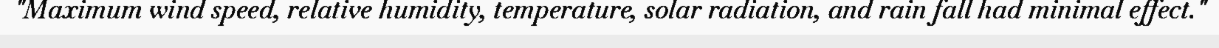
"Maximum wind speed, relative humidity, temperature, solar radiation, and rain fall had minimal effect."